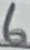
Text: 6